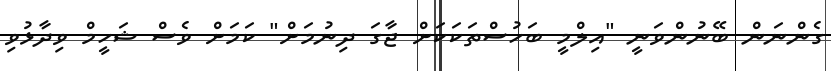
ގެންނަން ބޭނުންވަނީ "އިލްމީ ބަހުސްތަކަކަށް ޖާގަ ދިނުމަށް" ކަމަށް ވެސް ޝަހީމް ވިދާޅުވި